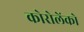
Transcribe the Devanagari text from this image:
कोरोलेंको